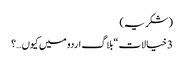
(شکریہ)
3 خیالات “بلاگ اردو میں کیوں…؟